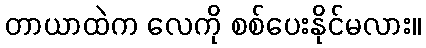
တာယာထဲက လေကို စစ်ပေးနိုင်မလား။